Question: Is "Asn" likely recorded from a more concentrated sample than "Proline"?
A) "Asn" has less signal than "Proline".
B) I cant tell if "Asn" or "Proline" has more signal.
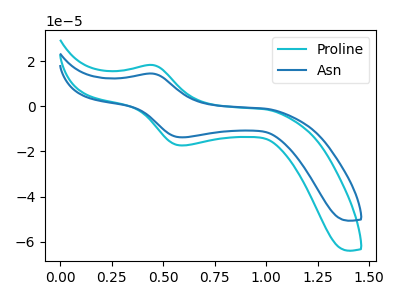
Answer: <think>The cyan curve "Proline" has an anodic peak at (0.45V, 18.30uA) and a cathodic peak at (0.60V, -17.35uA). The blue curve "Asn" has an anodic peak at (0.45V, 14.50uA) and a cathodic peak at (0.60V, -13.75uA).
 All the peaks in "Asn" have a peak in "Proline" at the same potential. Every peak in "Asn" is lower than every peak in "Proline".</think>
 <answer>A) "Asn" has less signal than "Proline".</answer>
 <eval>A</eval>